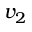
v _ { 2 }